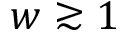
w \gtrsim 1